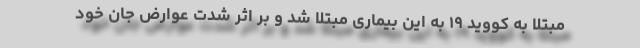
مبتلا به کووید ۱۹ به این بیماری مبتلا شد و بر اثر شدت عوارض جان خود